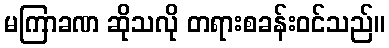
မကြာခဏ ဆိုသလို တရားစခန်းဝင်သည်။